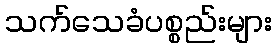
သက်သေခံပစ္စည်းများ